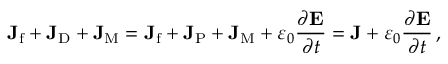
\mathbf { J } _ { \mathrm { f } } + \mathbf { J } _ { \mathrm { D } } + \mathbf { J } _ { \mathrm { M } } = \mathbf { J } _ { \mathrm { f } } + \mathbf { J } _ { \mathrm { P } } + \mathbf { J } _ { \mathrm { M } } + \varepsilon _ { 0 } { \frac { \partial \mathbf { E } } { \partial t } } = \mathbf { J } + \varepsilon _ { 0 } { \frac { \partial \mathbf { E } } { \partial t } } \, ,